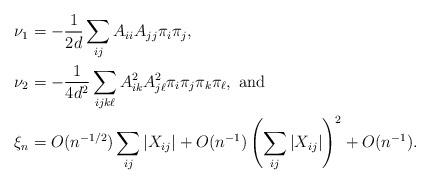
LaTeX: \begin{align*} \nu_1 &= -\frac{1}{2d} \sum_{ij} A_{ii} A_{jj} \pi_i \pi_j, \\ \nu_2 &= -\frac{1}{4d^2} \sum_{ijk\ell} A_{ik}^2 A_{j\ell}^2 \pi_i \pi_j \pi_k \pi_\ell, \mbox{ and} \\ \xi_n &= O(n^{-1/2}) \sum_{ij} |X_{ij}| + O(n^{-1}) \left(\sum_{ij} |X_{ij}|\right)^2 + O(n^{-1}).\end{align*}